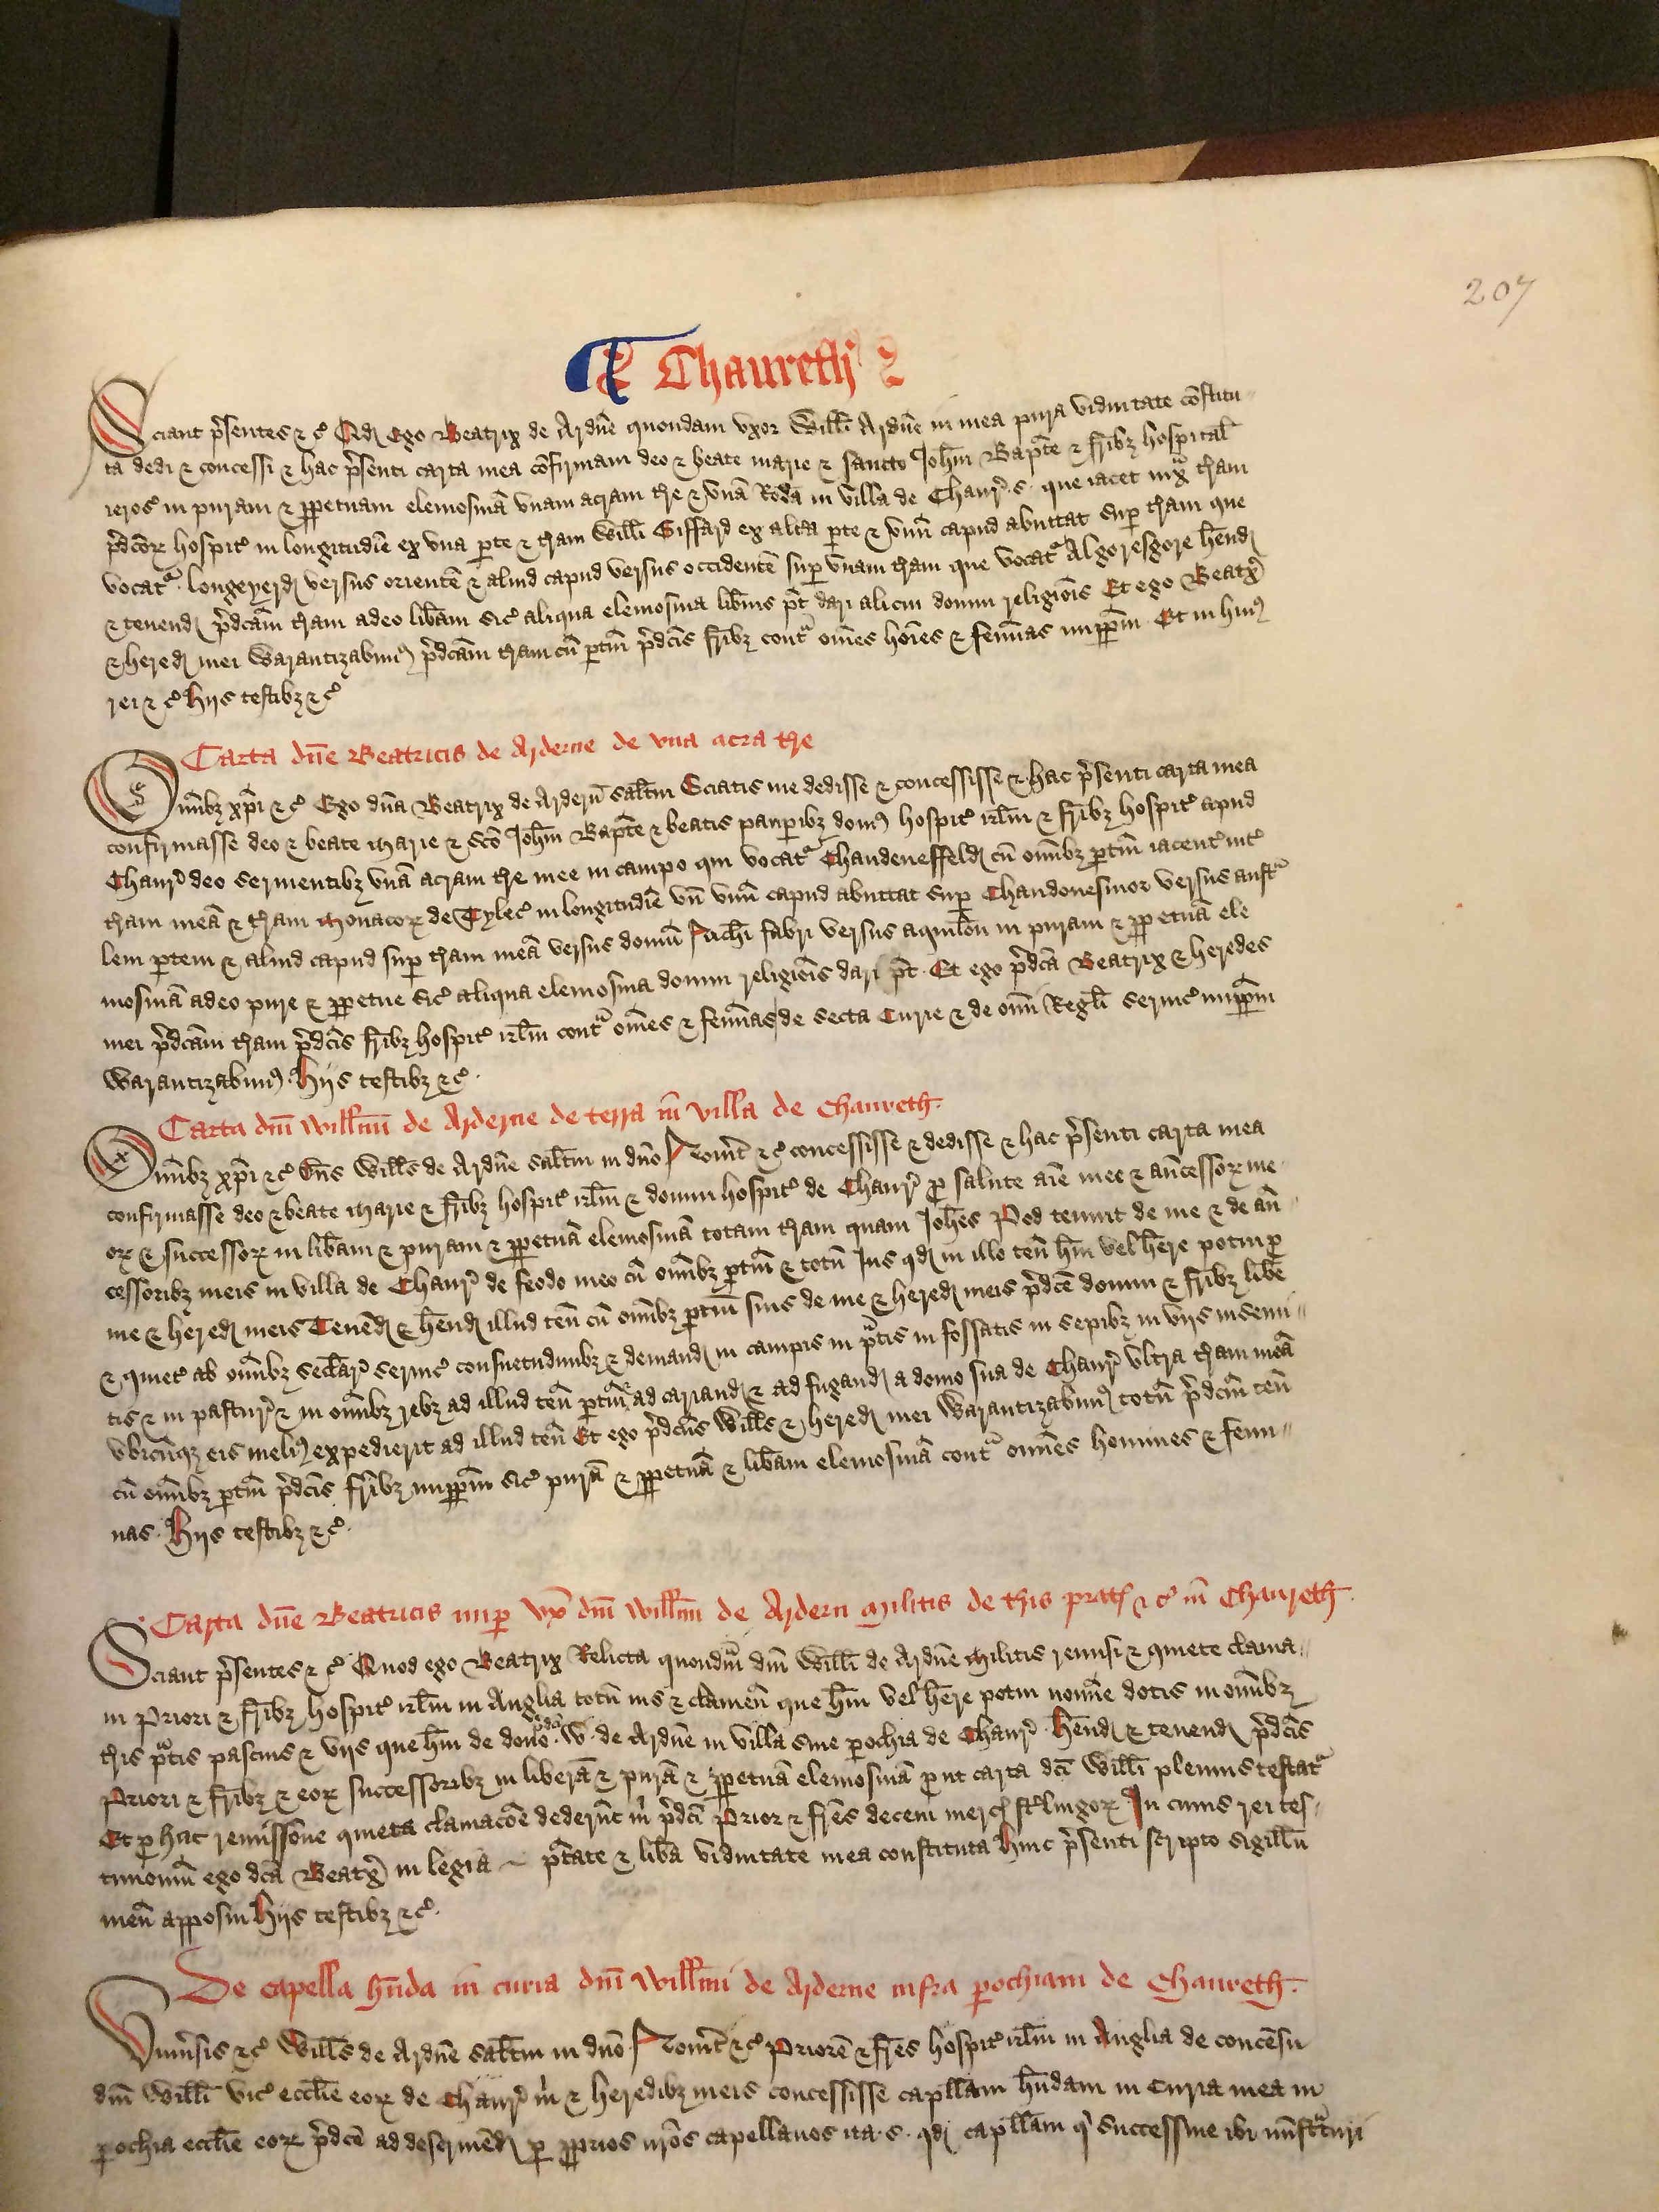
Shelfmark: London, British Library, Nero E VI
Century: 15